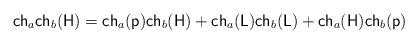
LaTeX: \begin{align*}\mathsf{ch}_a\mathsf{ch}_b(\mathsf{H}) = \mathsf{ch}_a(\mathsf{p})\mathsf{ch}_b(\mathsf{H})+\mathsf{ch}_a(\mathsf{L})\mathsf{ch}_b(\mathsf{L})+ \mathsf{ch}_a(\mathsf{H})\mathsf{ch}_b(\mathsf{p})\end{align*}